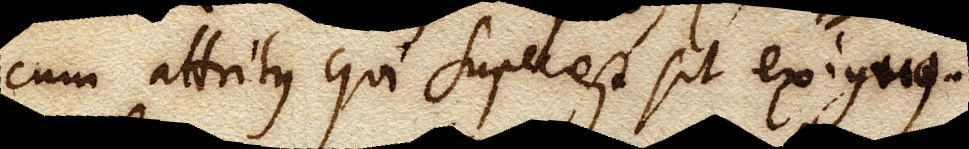
cum attritus qui superest sit exiguus.